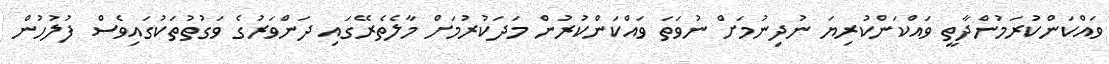
ވައްކަންކުރަމުންދާތީ ވައްކަންކުރިޔަ ނުދިނުމަށް ނުވަތަ ވައްކަންކުރުން މަދަކުރުމަށް މާލެތެރޭގައި ދަންވަރުގެ ވަގުތުތަކުގައިވެސް ފުލުހުން